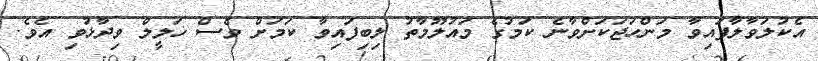
އެކުލަވާލާފައިވާ މަންހަޖަކަށްވާނެ ކަމުގެ މައުލޫމާތު ލިބިފައިވާ ކަމަށް ވެސް ޚަލީލް ވިދާޅުވި އެވެ.